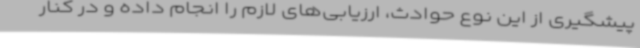
پیشگیری از این نوع حوادث، ارزیابی‌های لازم را انجام داده و در کنار